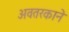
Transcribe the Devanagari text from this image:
अवतरकाने